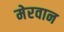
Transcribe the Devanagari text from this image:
मेरवान